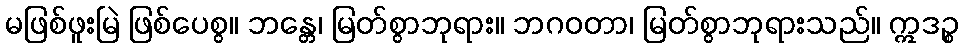
မဖြစ်ဖူးမြဲ ဖြစ်ပေစွ။ ဘန္တေ၊ မြတ်စွာဘုရား။ ဘဂဝတာ၊ မြတ်စွာဘုရားသည်။ ဣဒဉ္စ